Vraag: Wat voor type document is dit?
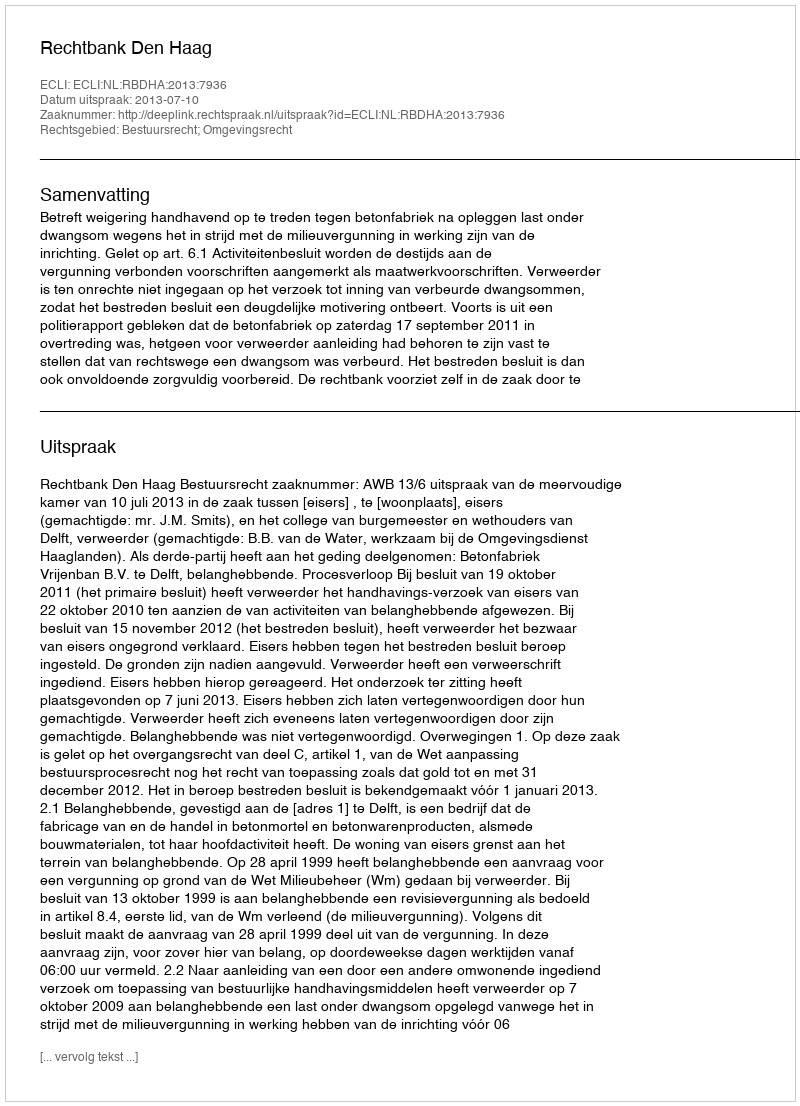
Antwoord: Uitspraak